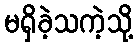
မရှိခဲ့သကဲ့သို့